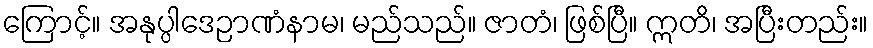
ကြောင့်။ အနုပ္ပါဒေဉာဏံနာမ၊ မည်သည်။ ဇာတံ၊ ဖြစ်ပြီ။ ဣတိ၊ အပြီးတည်း။